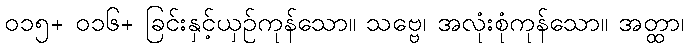
၀၁၅+ ၀၁၆+ ခြင်းနှင့်ယှဉ်ကုန်သော။ သဗ္ဗေ၊ အလုံးစုံကုန်သော။ အတ္ထာ၊